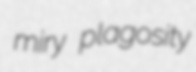
miry plagosity